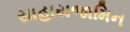
સાહાયજામિન